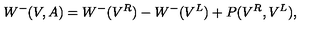
W ^ { - } ( V , A ) = W ^ { - } ( V ^ { R } ) - W ^ { - } ( V ^ { L } ) + P ( V ^ { R } , V ^ { L } ) ,